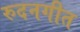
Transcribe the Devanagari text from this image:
रुदनगीत